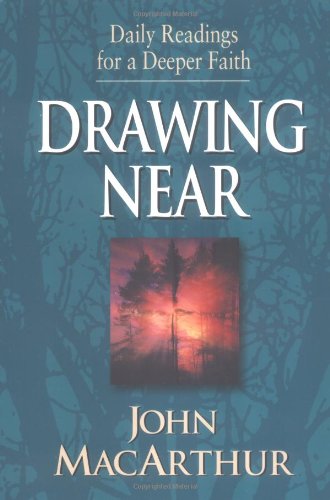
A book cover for Drawing Near: Daily Readings for a Deeper Faith; John MacArthur; Christian Books & Bibles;